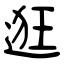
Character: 逛